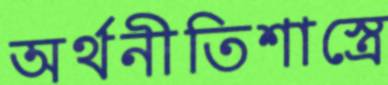
অর্থনীতিশাস্ত্রে